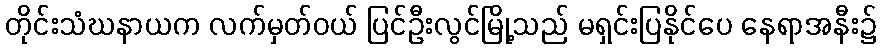
တိုင်းသံဃနာယက လက်မှတ်ဝယ် ပြင်ဦးလွင်မြို့သည် မရှင်းပြနိုင်ပေ နေရာအနီး၌